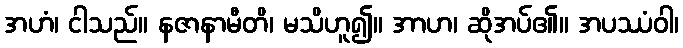
အဟံ၊ ငါသည်။ နဇာနာမီတိ၊ မသိဟူ၍။ အာဟ၊ ဆိုအပ်၏။ အပဿံဝါ၊